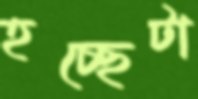
হচ্ছেটা